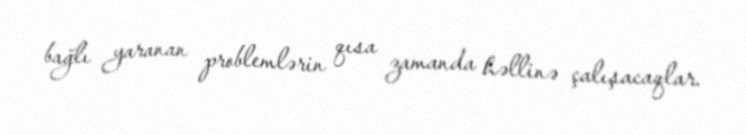
bağlı yaranan problemlərin qısa zamanda həllinə çalışacaqlar.